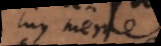
luy même